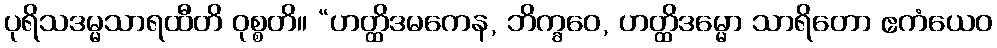
ပုရိသဒမ္မသာရထီတိ ဝုစ္စတိ။ “ဟတ္ထိဒမကေန, ဘိက္ခဝေ, ဟတ္ထိဒမ္မော သာရိတော ဧကံယေဝ